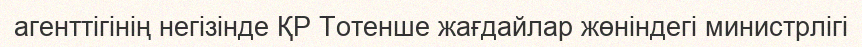
агенттігінің негізінде ҚР Тотенше жағдайлар жөніндегі министрлігі